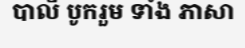
បាលី បូករួម ទាំង ភាសា